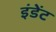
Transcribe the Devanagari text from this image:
इंडेंट